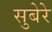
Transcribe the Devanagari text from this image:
सुबेरे